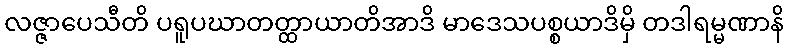
လဇ္ဇာပေသီတိ ပရူပဃာတတ္ထာယာတိအာဒိ မာဒေသပစ္စယာဒိမှိ တဒါရမ္မဏာနိ